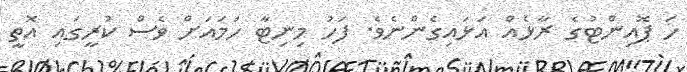
ހަ ޕޮއިންޓުގެ ރާޅެއް އަޅައިގެންނެވެ. ފަހު މިނިޓާ ހަމައަށް ވެސް ކުރީގައި އޮތީ